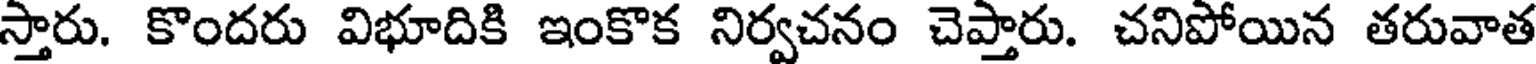
స్తారు. కొందరు విభూదికి ఇంకొక నిర్వచనం చెప్తారు. చనిపోయిన తరువాత